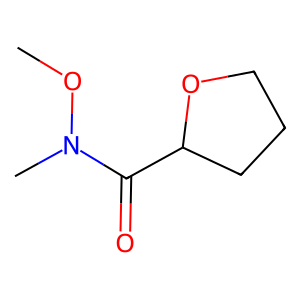
SMILES: CON(C)C(=O)C1CCCO1
Inhibits HIV replication: No